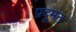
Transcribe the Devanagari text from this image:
प्रदूमन